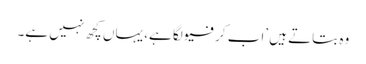
وہ بتاتے ہیں ’اب کرفیو لگا ہے، یہاں کچھ نہیں ہے۔